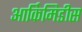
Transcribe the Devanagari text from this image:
आर्किमिडीस